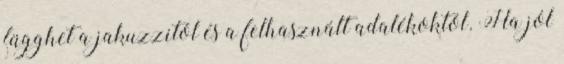
függhet a jakuzzitól és a felhasznált adalékoktól. Ha jól